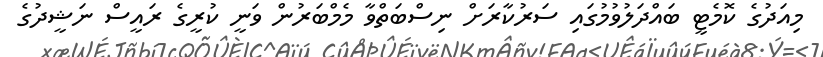
މިއަދުގެ ކޮމެޓީ ބައްދަލުވުމުގައި ސަރުކާރަށް ނިސްބަތްވާ މެމްބަރުން ވަނީ ކުރީގެ ރައީސް ނަޝީދުގެ